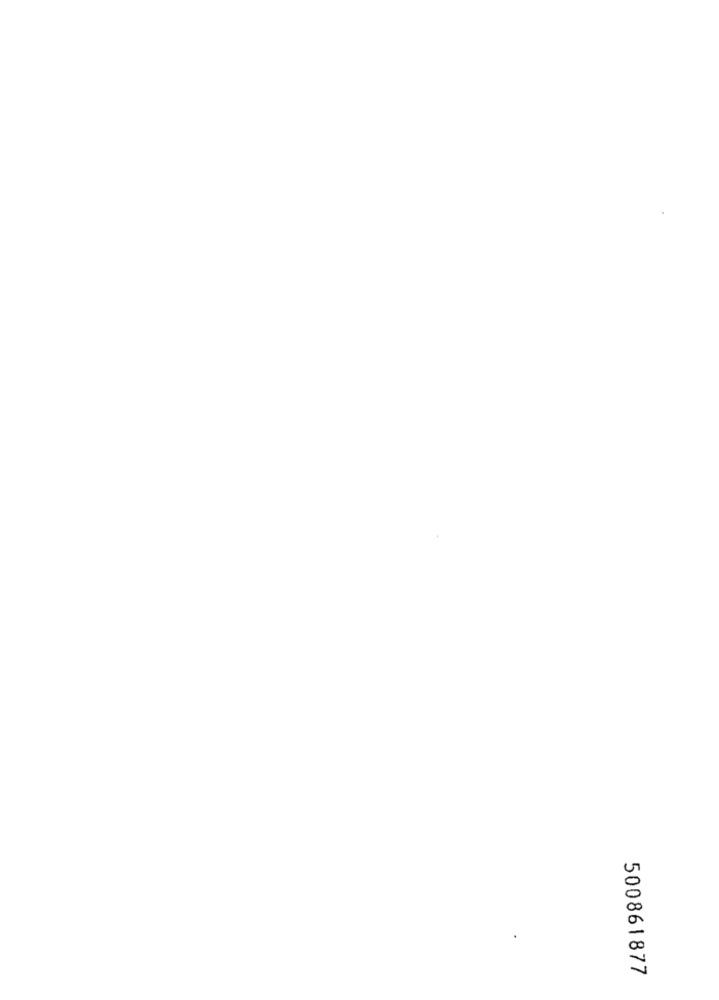
500861877